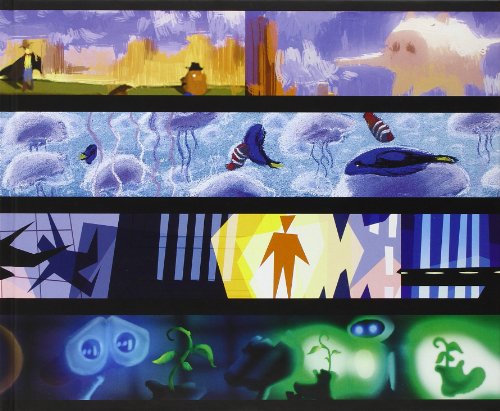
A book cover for The Art of Pixar: 25th Anniv.: The Complete Color Scripts and Select Art from 25 Years of Animation; Amid Amidi; Humor & Entertainment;